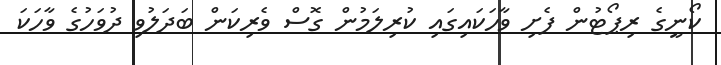
ކޯނީގެ ރިޕޯޓުން ފެށި ވާހަކައިގައި ކުރިލަމުން ގޮސް ވެރިކަން ބަދަލުވި ދުވަހުގެ ވާހަކަ